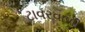
ટાવરવાળી